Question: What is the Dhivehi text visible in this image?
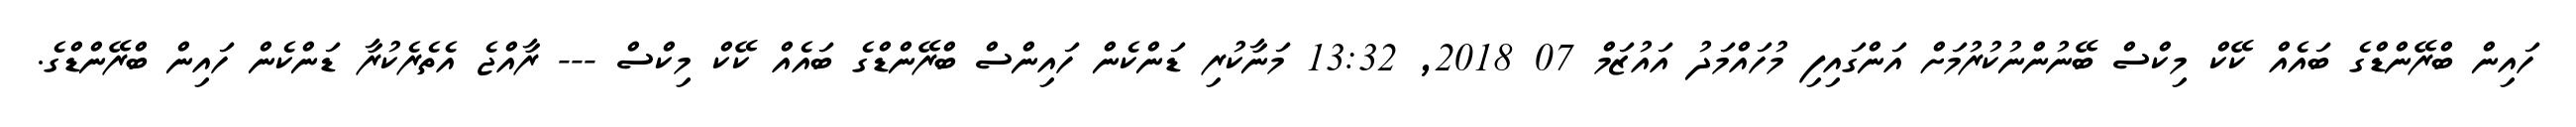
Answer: ހައިން ބްރޭންޑްގެ ބައެއް ކޭކް މިކްސް ބޭނުންނުކުރުމަށް އަންގައިފި މުހައްމަދު އައުޒަމް 07 2018, 13:32 މަނާކުރި ޑަންކެން ހައިންސް ބްރޭންޑްގެ ބައެއް ކޭކް މިކްސް --- ރާއްޖެ އެތެރެކުރާ ޑަންކެން ހައިން ބްރޭންޑްގެ.